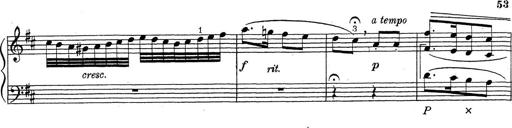
Title: ÄŒeskÃ© Sonatiny
Composer: Various